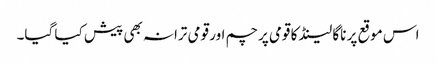
اس موقع پر ناگا لینڈ کا قومی پرچم اور قومی ترانہ بھی پیش کیا گیا۔